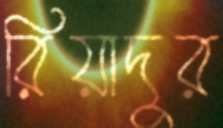
রিয়াদুর